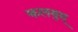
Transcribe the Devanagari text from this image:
कलयुम्